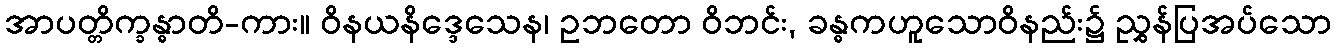
အာပတ္တိက္ခန္ဓာတိ-ကား။ ဝိနယနိဒ္ဒေသေန၊ ဥဘတော ဝိဘင်း, ခန္ဓကဟူသောဝိနည်း၌ ညွှန်ပြအပ်သော